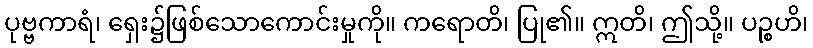
ပုဗ္ဗကာရံ၊ ရှေး၌ဖြစ်သောကောင်းမှုကို။ ကရောတိ၊ ပြု၏။ ဣတိ၊ ဤသို့။ ပဉ္စဟိ၊